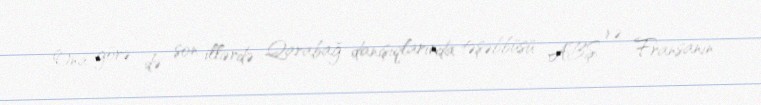
Ona görə də son illərdə Qarabağ danışıqlarında təşəbbüsü ABŞ və Fransanın